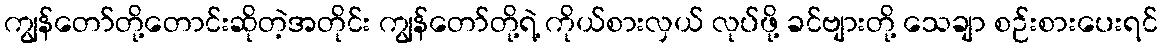
ကျွန်တော်တို့တောင်းဆိုတဲ့အတိုင်း ကျွန်တော်တို့ရဲ့ ကိုယ်စားလှယ် လုပ်ဖို့ ခင်ဗျားတို့ သေချာ စဉ်းစားပေးရင်